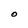
Character: O